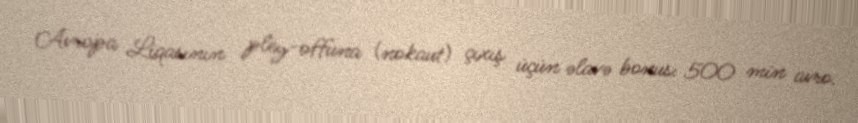
Avropa Liqasının pley-offuna (nokaut) çıxış üçün əlavə bonus: 500 min avro.